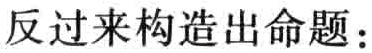
反过来构造出命题：